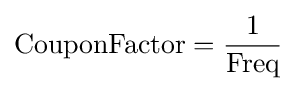
\mathrm {CouponFactor} ={\frac {1}{\mathrm {Freq} }}